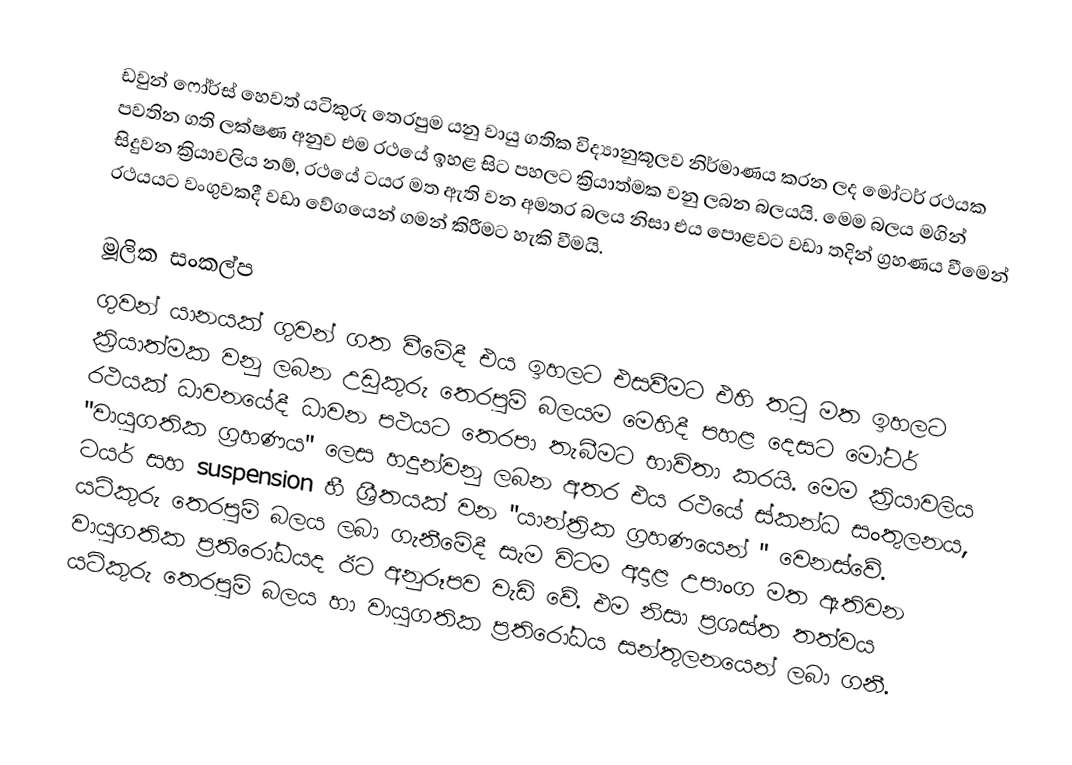
ඩවුන් ෆෝර්ස් හෙවත් යටිකුරු තෙරපුම යනු වායු ගතික විද්‍යානුකූලව නිර්මාණය කරන ලද මෝටර් රථයක පවතින ගති ලක්ෂණ අනුව එම රථයේ ඉහළ සිට පහලට ක්‍රියාත්මක වනු ලබන බලයයි. මෙම බලය මගින් සිදුවන ක්‍රියාවලිය නම්, රථයේ ටයර මත ඇති වන අමතර බලය නිසා එය පොළවට වඩා තදින් ග්‍රහණය වීමෙන් රථයයට වංගුවකදී වඩා වේගයෙන් ගමන් කිරීමට හැකි වීමයි.

මූලික සංකල්ප
ගුවන් යානයක් ගුවන් ගත වීමේදී එය ඉහලට එසවීමට එහි තටු මත ඉහලට ක්‍රියාත්මක වනු ලබන උඩුකුරු තෙරපුම් බලයම මෙහිදී පහළ දෙසට මෝටර් රථයක් ධාවනයේදී ධාවන පථයට තෙරපා තැබීමට භාවිතා කරයි. මෙම ක්‍රියාවලිය "වායුගතික ග්‍රහණය" ලෙස හදුන්වනු ලබන අතර එය රථයේ ස්කන්ධ සංතුලනය, ටයර් සහ suspension හී ශ්‍රීතයක් වන "යාන්ත්‍රික ග්‍රහණයෙන් " වෙනස්වේ. යටිකුරු තෙරපුම් බලය ලබා ගැනීමේදී සැම විටම අදාළ උපාංග මත ඇතිවන වායුගතික ප්‍රතිරෝධයද ඊට අනුරූපව වැඩි වේ. එම නිසා ප්‍රශස්ත තත්වය යටිකුරු තෙරපුම් බලය හා වායුගතික ප්‍රතිරෝධය සන්තුලනයෙන් ලබා ගනී.